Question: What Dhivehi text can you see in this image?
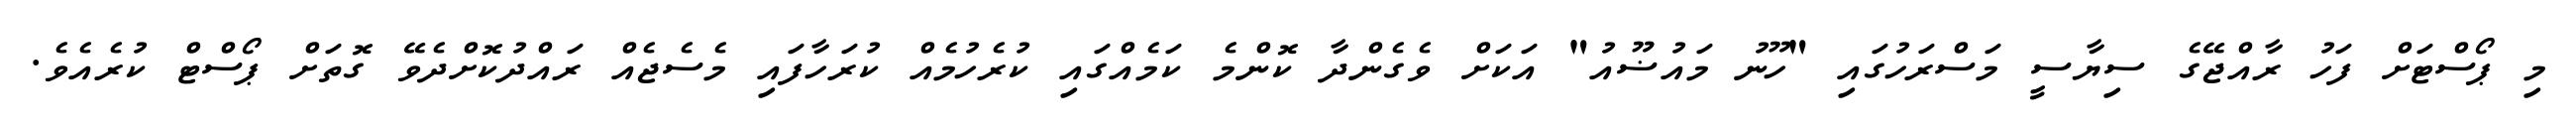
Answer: މި ޕޯސްޓަށް ފަހު ރާއްޖޭގެ ސިޔާސީ މަސްރަހުގައި "ހޫނު މައުޟޫއު" އަކަށް ވެގެންދާ ކޮންމެ ކަމެއްގައި ކުރެހުމެއް ކުރަހާފައި މެސެޖެއް ރައްދުކޮށްދެވޭ ގޮތަށް ޕޯސްޓް ކުރެއެވެ.